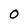
Character: O